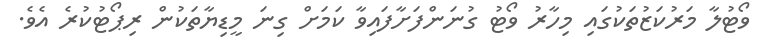
ވޯޓުލާ މަރުކަޒުތަކުގައި މިހާރު ވޯޓު ގުނަންފަށާފައިވާ ކަމަށް ގިނަ މީޑިޔާތަކުން ރިޕޯޓުކުރެ އެވެ.